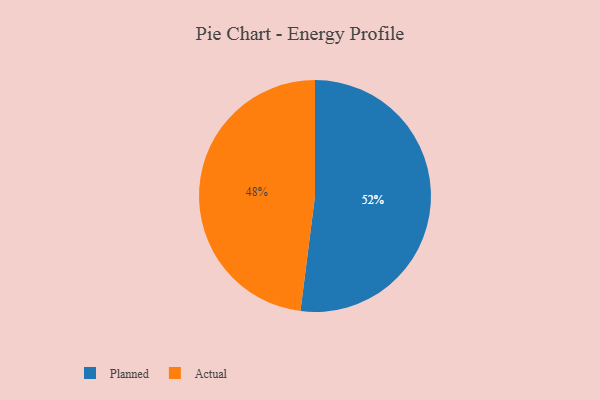
{"axis": {"x": "Category", "y": "Percentage"}, "legend": ["Actual", "Planned"], "data": [{"x": "Planned", "y": 52, "type": "Planned"}, {"x": "Actual", "y": 48, "type": "Actual"}]}